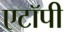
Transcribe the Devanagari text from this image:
एटॉपी